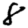
Digit: 8